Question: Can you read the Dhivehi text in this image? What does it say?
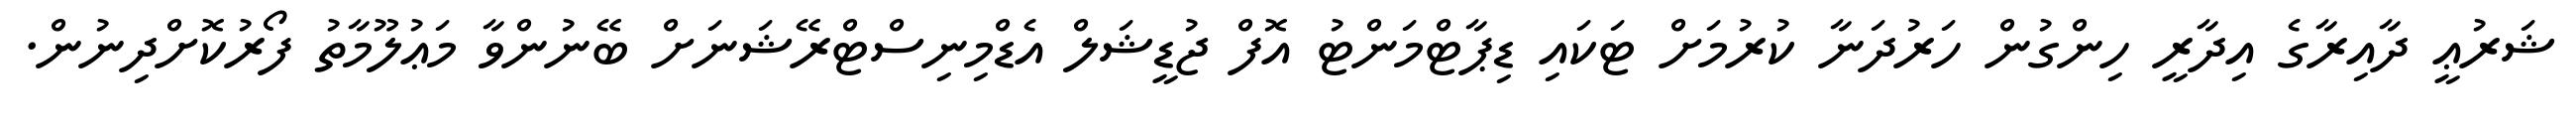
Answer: ޝަރުޢީ ދާއިރާގެ އިދާރީ ހިންގުން ހަރުދަނާ ކުރުމަށް ޓަކައި ޑިޕާޓްމަންޓު އޮފް ޖުޑީޝަލް އެޑްމިނިސްޓްރޭޝަނަށް ބޭނުންވާ މަޢުލޫމާތު ފޯރުކޮށްދިނުން.